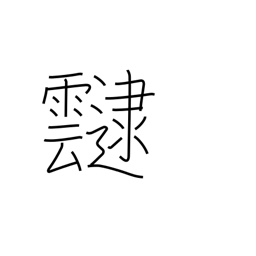
Meaning: cloud cover